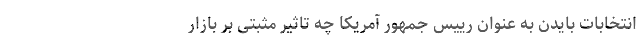
انتخابات بایدن به عنوان رییس جمهور آمریکا چه تاثیر مثبتی بر بازار